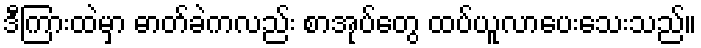
ဒီကြားထဲမှာ ဓာတ်ခဲကလည်း စာအုပ်တွေ ထပ်ယူလာပေးသေးသည်။